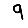
Digit: 9